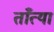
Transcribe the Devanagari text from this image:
ताँत्या